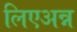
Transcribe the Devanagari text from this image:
लिएअन्न